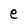
Character: e